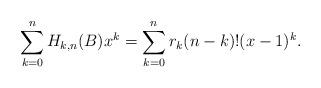
LaTeX: \begin{align*}\sum_{k=0}^n H_{k,n}(B) x^k = \sum_{k=0}^n r_k (n-k)! (x-1)^k.\end{align*}